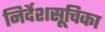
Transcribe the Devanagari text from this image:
निर्देशसूचिका